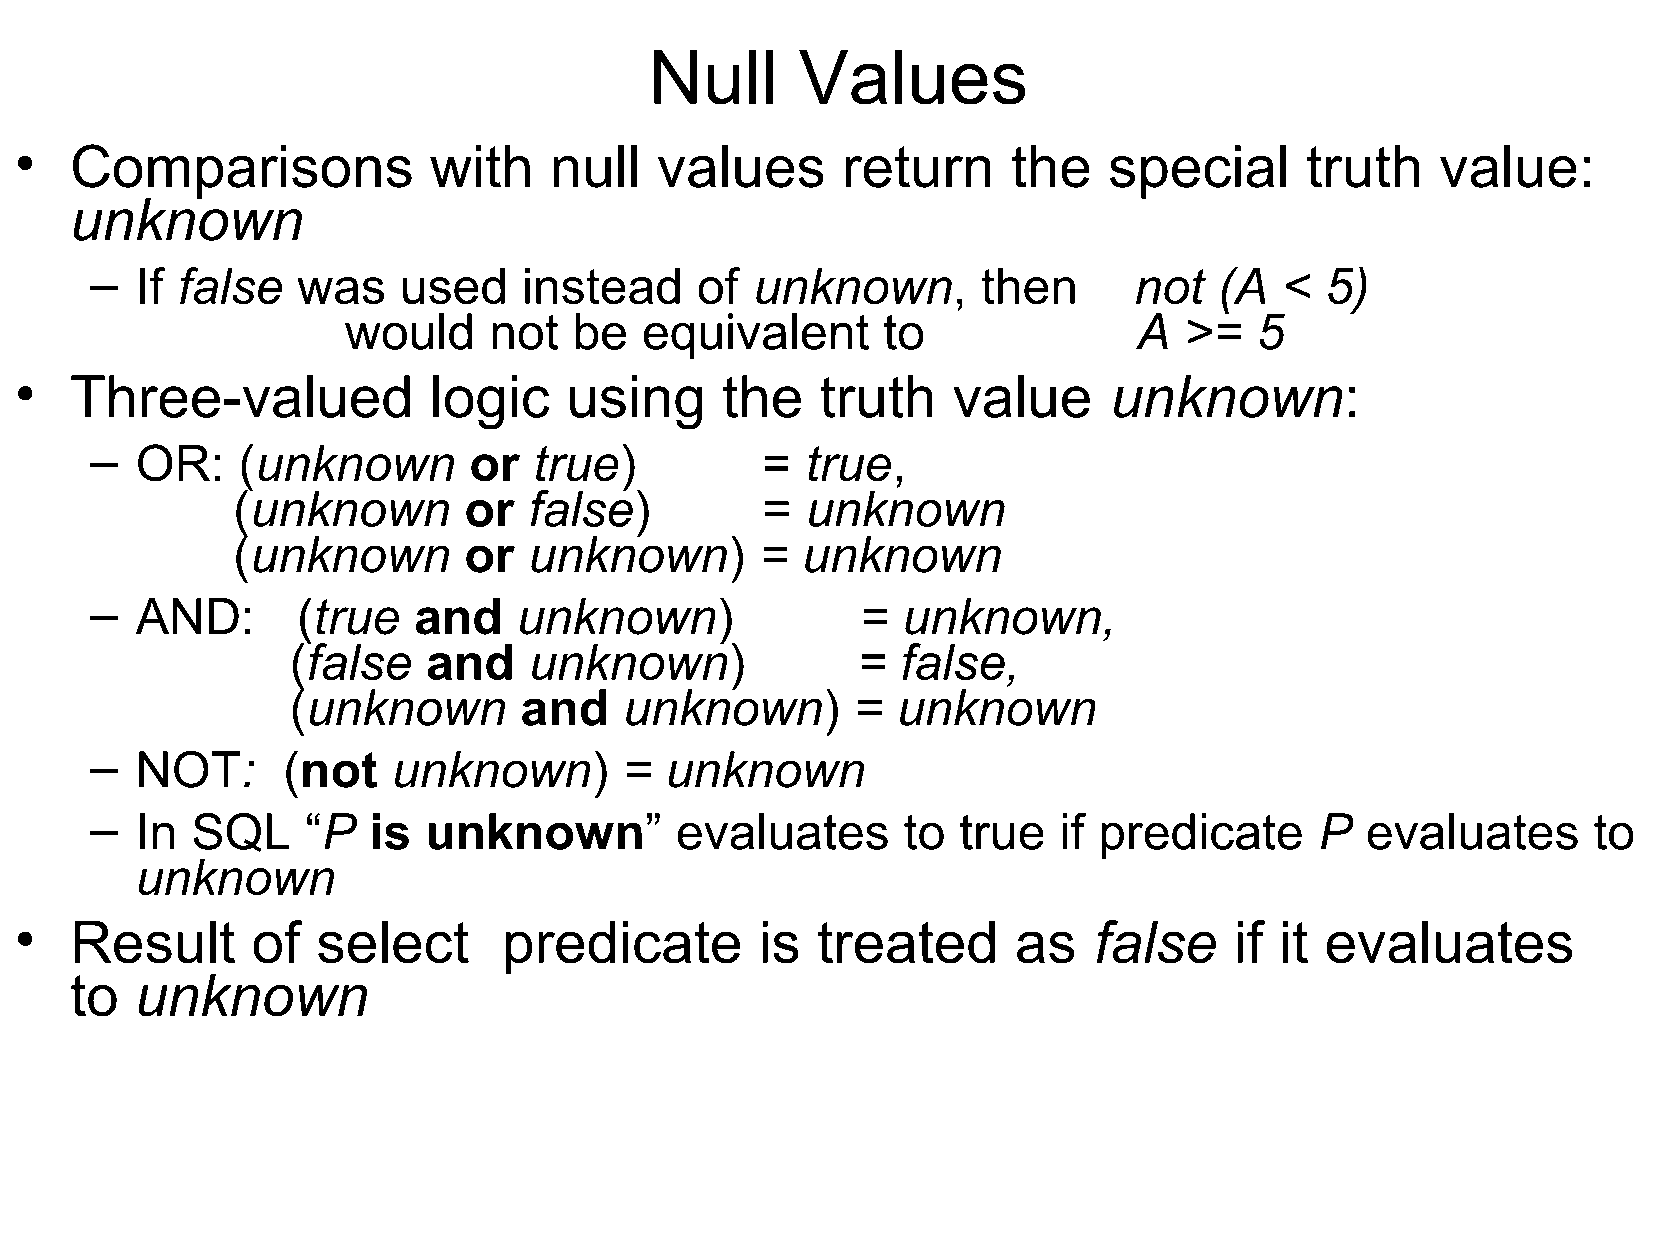
Null      Values
 •   Comparisons            with    null   values       return     the   special      truth    value:
 unknown
 –  If false   was   used     instead    of  unknown,       then      not   (A  <  5)
 would    not   be  equivalent      to               A  >=   5
 •   Three-valued           logic    using      the   truth    value     unknown:
 –  OR:    (unknown       or  true)          =  true,
 (unknown        or  false)         =  unknown
 (unknown        or  unknown)       =  unknown
 –  AND:       (true  and    unknown)               =  unknown,
 (false   and    unknown)              =  false,
 (unknown       and    unknown)        = unknown
 –  NOT:      (not   unknown)       =  unknown
 –  In  SQL    “P  is  unknown”         evaluates      to true   if predicate     P  evaluates      to
 unknown
 •   Result      of  select      predicate        is  treated      as   false     if it evaluates
 to  unknown